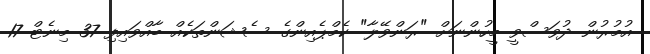
އުމުރުން ދުވަސްވީ މީހުންނަށް "ރަންވޭލާ" ކެމްޕެއިންގެ ސެޝަންތަކެއް ބާއްވައިފި 37 މިނެޓް 17